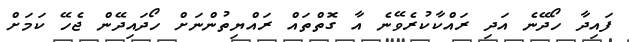
ފައިދާ ހޯދޭނެ އަދި ރައްކާކުރެވޭނެ އާ ގޮތްތައް ރައްޔިތުންނަށް ހޯދައިދޭން ޖެހޭ ކަމަށް